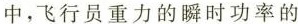
中，飞行员重力的瞬时功率的